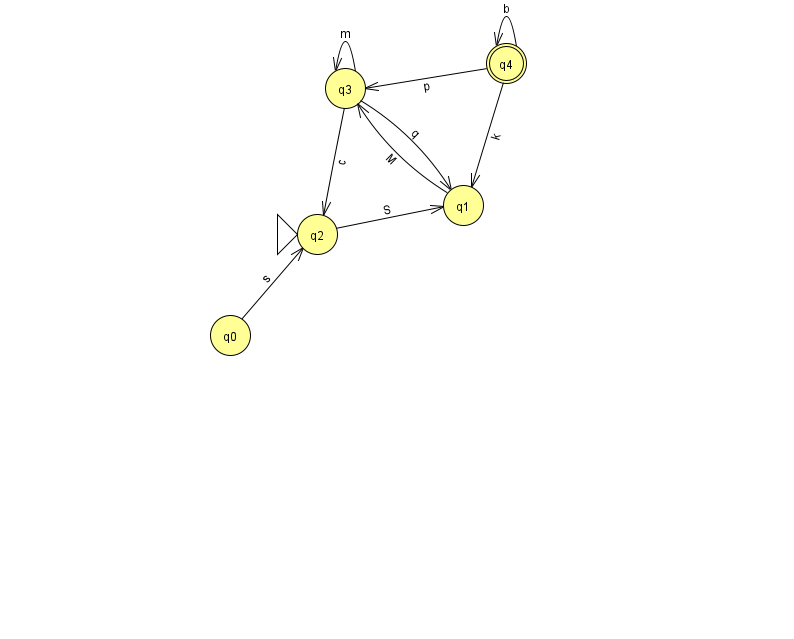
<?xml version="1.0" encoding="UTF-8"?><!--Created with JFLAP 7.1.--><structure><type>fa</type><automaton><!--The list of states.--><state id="0" name="q0"><x>230.0</x><y>322.0</y></state><state id="1" name="q1"><x>463.0</x><y>192.0</y></state><state id="2" name="q2"><x>317.0</x><y>221.0</y><initial/></state><state id="3" name="q3"><x>345.0</x><y>75.0</y></state><state id="4" name="q4"><x>506.0</x><y>50.0</y><final/></state><!--The list of transitions.--><transition><from>1</from><to>3</to><read>M</read></transition><transition><from>4</from><to>4</to><read>b</read></transition><transition><from>3</from><to>2</to><read>c</read></transition><transition><from>4</from><to>3</to><read>p</read></transition><transition><from>2</from><to>1</to><read>S</read></transition><transition><from>0</from><to>2</to><read>s</read></transition><transition><from>3</from><to>1</to><read>q</read></transition><transition><from>3</from><to>3</to><read>m</read></transition><transition><from>4</from><to>1</to><read>k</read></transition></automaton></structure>